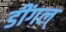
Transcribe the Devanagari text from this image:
डींगल्